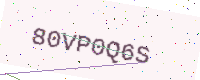
Text: 80VP0Q6S